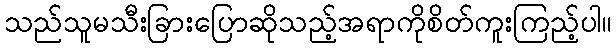
သည်သူမသီးခြားပြောဆိုသည့်အရာကိုစိတ်ကူးကြည့်ပါ။